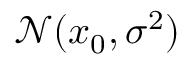
\mathcal { N } ( x _ { 0 } , \sigma ^ { 2 } )